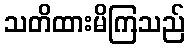
သတိထားမိကြသည်